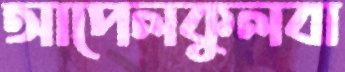
আপেলকুলবা